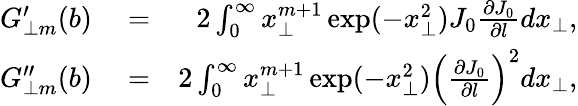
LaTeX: \begin{array}{rlr}{G_{\perp m}^{\prime}(b)}&{{}=}&{2\int_{0}^{\infty}x_{\perp}^{m+1}\exp(-x_{\perp}^{2})J_{0}\frac{\partial J_{0}}{\partial l}dx_{\perp},}\\ {G_{\perp m}^{\prime\prime}(b)}&{{}=}&{2\int_{0}^{\infty}x_{\perp}^{m+1}\exp(-x_{\perp}^{2})\left(\frac{\partial J_{0}}{\partial l}\right)^{2}dx_{\perp},}\end{array}